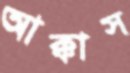
আক্কাস